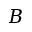
B